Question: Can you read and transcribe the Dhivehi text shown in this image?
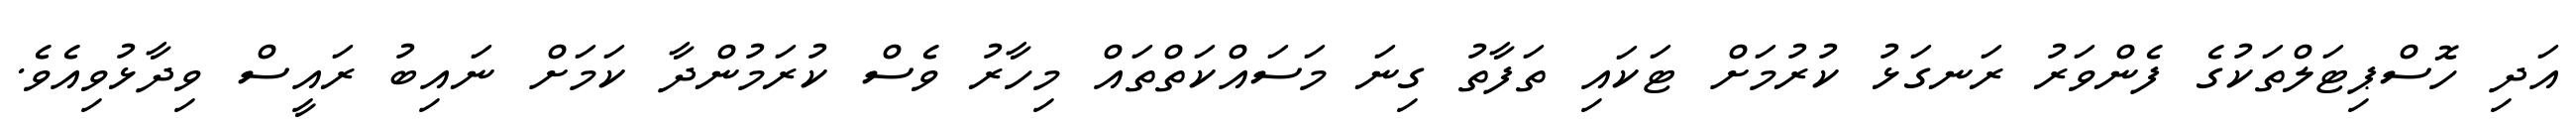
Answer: އަދި ހޮސްޕިޓަލްތަކުގެ ފެންވަރު ރަނގަޅު ކުރުމަށް ޓަކައި ތަފާތު ގިނަ މަސައްކަތްތައް މިހާރު ވެސް ކުރަމުންދާ ކަމަށް ނައިބު ރައީސް ވިދާޅުވިއެވެ.